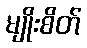
မျိုးစိတ်